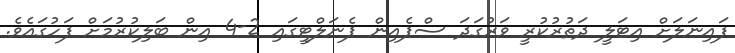
ފައިނަލަށް އިޓަލީ ދަތުރުކުރީ ވަރުގަދަ ސްޕެއިން ޕެނަލްޓީގައި 2-4 އިން ބަލިކުރުމަށް ފަހުގައެވެ.